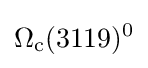
\Omega _{\rm {c}}(3119)^{0}